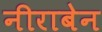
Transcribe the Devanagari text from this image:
नीराबेन